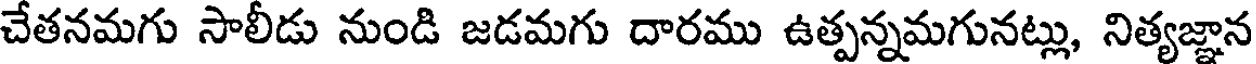
చేతనమగు సాలీడు నుండి జడమగు దారము ఉత్పన్నమగునట్లు, నిత్యజ్ఞాన